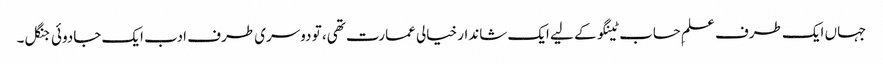
جہاں ایک طرف علمِ حساب ٹینگو کے لیے ایک شاندار خیالی عمارت تھی، تو دوسری طرف ادب ایک جادوئی جنگل۔